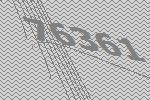
76361